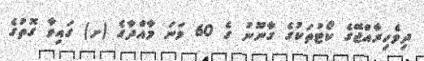
ދިވެހިރާއްޖޭގެ ކޯޓުތަކުގެ ގާނޫނު ގެ 60 ވަނަ މާއްދާގެ (ށ) ގައިވާ ގޮތުގެ